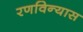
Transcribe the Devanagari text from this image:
रणविन्यास